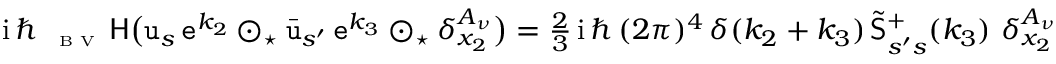
\begin{array} { r } { { \mathrm { i } } \, \hbar \, { \mathsf \Delta } _ { \textrm { \tiny B V } } \, \mathsf { H } \big ( \mathtt { u } _ { s } \, \mathtt { e } ^ { k _ { 2 } } \odot _ { \star } \bar { \mathtt { u } } _ { s ^ { \prime } } \, \mathtt { e } ^ { k _ { 3 } } \odot _ { \star } \delta _ { x _ { 2 } } ^ { A _ { \nu } } \big ) = \frac 2 3 \, { \mathrm { i } } \, \hbar \, ( 2 \pi ) ^ { 4 } \, \delta ( k _ { 2 } + k _ { 3 } ) \, \tilde { \mathsf { S } } _ { s ^ { \prime } s } ^ { + } ( k _ { 3 } ) \ \delta _ { x _ { 2 } } ^ { A _ { \nu } } } \end{array}